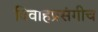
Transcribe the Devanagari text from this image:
विवाहप्रसंगीच